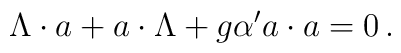
\Lambda \cdot a+a\cdot \Lambda +g{\alpha'} a\cdot a=0\,.